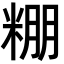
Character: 𮇧